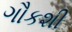
ગૌકશી